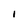
Character: I